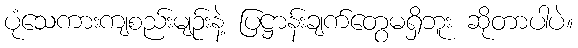
ပုံသေကားကျစည်းမျဉ်းနဲ့ ပြဋ္ဌာန်းချက်တွေမရှိဘူး ဆိုတာပါပဲ။